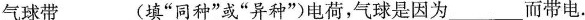
气球带___(填”同种”或”异种”)电荷，气球是因为___而带电.